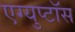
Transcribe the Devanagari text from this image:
एग्युप्टॉस